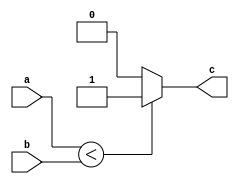
`timescale 1ns / 1ps
//////////////////////////////////////////////////////////////////////////////////
// Company: 
// Engineer: 
// 
// Design Name: 
// Module Name:    islessthaneq 
// Project Name: 
// Target Devices: 
// Tool versions: 
// Description: 
//
// Dependencies: 
//
// Revision: 
// Revision 0.01 - File Created
// Additional Comments: 
//
//////////////////////////////////////////////////////////////////////////////////
module cltn(a,b,c);
input [7:0] a,b;
output reg c;

always @(a or b ) begin
	if (a<b) // Check for n or (n-1)
		c <=1;
	else
		c<=0;
end

endmodule